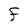
Character: f